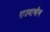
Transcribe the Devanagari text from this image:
राज्याचीच